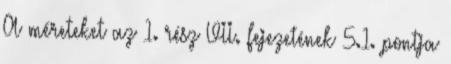
A méreteket az 1. rész VII. fejezetének 5.1. pontja